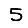
Digit: 5